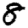
Digit: 8